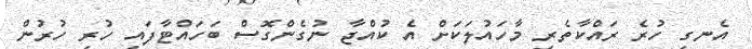
އެނގި ހުރެ ރައްކާތެރި މާހައުލަކަށް އެ ކުއްޖާ ނުގެންގޮސް ބަހައްޓާފައި ހުރި ހުރުން